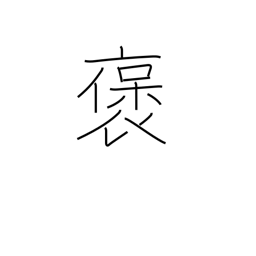
Meaning: extol